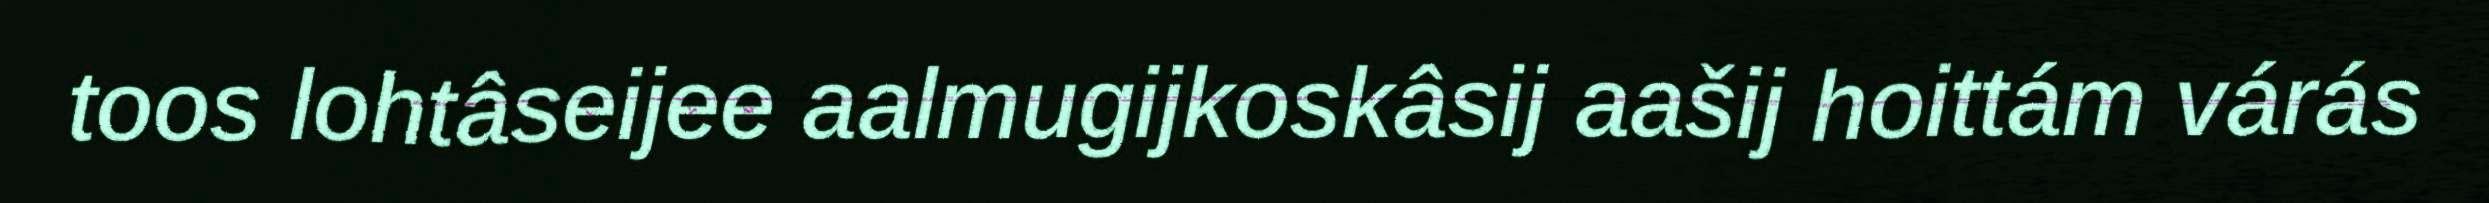
toos lohtâseijee aalmugijkoskâsij aašij hoittám várás